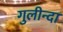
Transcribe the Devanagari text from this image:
गुलीन्दा